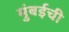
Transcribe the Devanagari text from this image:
मुुंबईची